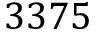
3 3 7 5